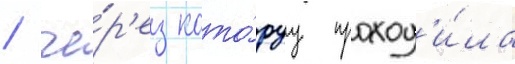
/ че́р'ез кото́руу проход'и́ла